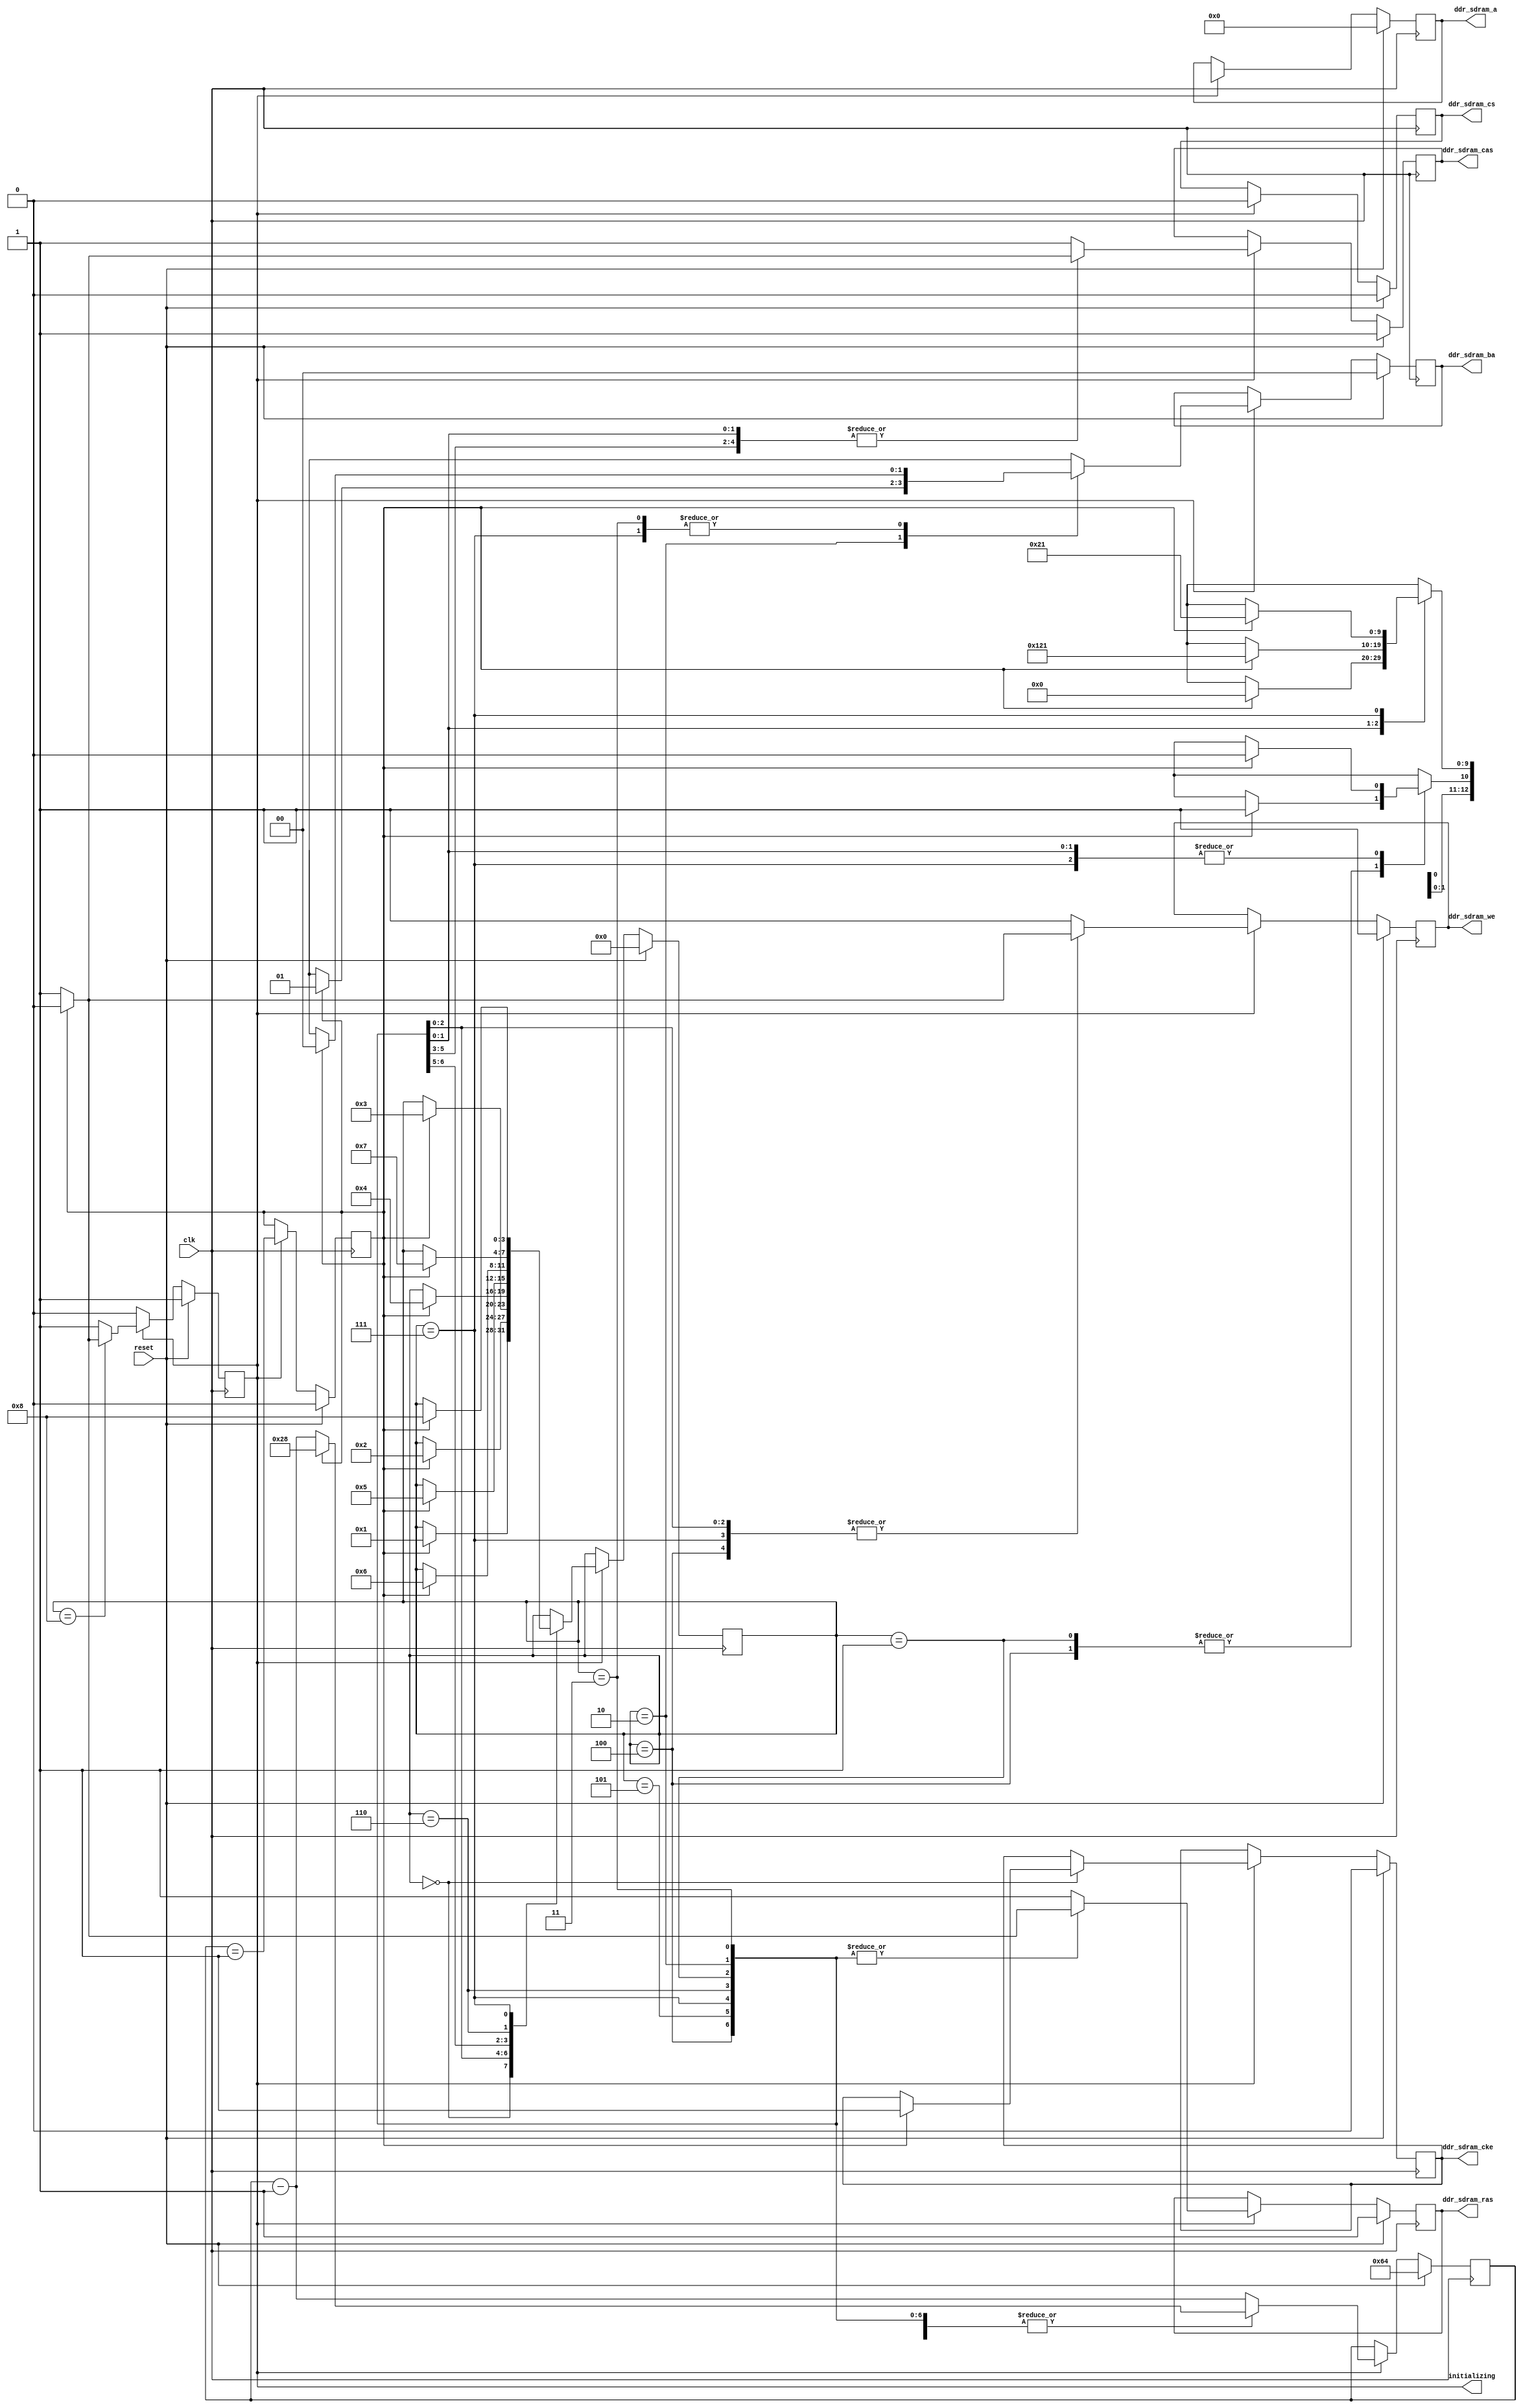
// ---------------------------------------------------------------------------
//  Jelly  -- The platform for real-time computing
//   DDR-SDRAM interface
//
//                                  Copyright (C) 2008-2009 by Ryuji Fuchikami
//                                  https://github.com/ryuz/jelly.git
// ---------------------------------------------------------------------------



`timescale 1ns / 1ps


module jelly_ddr_sdram_init
        #(
            parameter                               SIMULATION      = 1'b1,
            parameter                               CLK_RATE        = 10.0,
            parameter                               INIT_WAIT_CYCLE = (200000 + (CLK_RATE - 1)) / CLK_RATE,
            
            parameter                               SDRAM_BA_WIDTH  = 2,
            parameter                               SDRAM_A_WIDTH   = 13
        )
        (
            // system
            input   wire                            reset,
            input   wire                            clk,
            
            // initializing
            output  wire                            initializing,
            
            // DDR-SDRAM
            output  wire                            ddr_sdram_cke,
            output  wire                            ddr_sdram_cs,
            output  wire                            ddr_sdram_ras,
            output  wire                            ddr_sdram_cas,
            output  wire                            ddr_sdram_we,
            output  wire    [SDRAM_BA_WIDTH-1:0]    ddr_sdram_ba,
            output  wire    [SDRAM_A_WIDTH-1:0]     ddr_sdram_a
        );
    
    // initialize state
    localparam  INIT_ST_WAIT     = 0;
    localparam  INIT_ST_CKE      = 1;
    localparam  INIT_ST_PALL1    = 2;
    localparam  INIT_ST_EMRS     = 3;
    localparam  INIT_ST_MRS1     = 4;
    localparam  INIT_ST_PALL2    = 5;
    localparam  INIT_ST_REFRESH1 = 6;
    localparam  INIT_ST_REFRESH2 = 7;
    localparam  INIT_ST_MRS2     = 8;
    
    reg                         reg_init;   
    reg     [3:0]               reg_state;
    reg     [15:0]              reg_counter;
    reg                         reg_count_end;
    
    reg                         reg_cke;
    reg                         reg_cs;
    reg                         reg_ras;
    reg                         reg_cas;
    reg                         reg_we;
    reg     [1:0]               reg_ba;
    reg     [12:0]              reg_a;

    
    reg                         next_init;  
    reg     [3:0]               next_state;
    reg     [15:0]              next_counter;
    reg                         next_count_end;
    
    reg                         next_cke;
    reg                         next_cs;
    reg                         next_ras;
    reg                         next_cas;
    reg                         next_we;
    reg     [1:0]               next_ba;
    reg     [12:0]              next_a;
    
    
    always @( posedge clk ) begin
        if ( reset ) begin
            reg_init      <= 1'b1;
            reg_state     <= INIT_ST_WAIT;
            reg_counter   <= SIMULATION ? 100 : INIT_WAIT_CYCLE;
            reg_count_end <= 1'b0;
            
            reg_cke       <= 1'b0;
            reg_cs        <= 1'b0;
            reg_ras       <= 1'b1;
            reg_cas       <= 1'b1;
            reg_we        <= 1'b1;
            reg_ba        <= {SDRAM_BA_WIDTH{1'b0}};
            reg_a         <= {SDRAM_A_WIDTH{1'b0}};
        end
        else begin
            if ( reg_init ) begin
                reg_init      <= next_init;
                reg_state     <= next_state;
                reg_counter   <= next_counter;
                reg_count_end <= next_count_end;
                              
                reg_cke       <= next_cke;
                reg_cs        <= next_cs;
                reg_ras       <= next_ras;
                reg_cas       <= next_cas;
                reg_we        <= next_we;
                reg_ba        <= next_ba;
                reg_a         <= next_a;
            end
        end
    end
    
    
    always @* begin
        next_init       = 1'b1;
        next_state      = reg_state;
        next_counter    = reg_counter - 1;
        next_count_end  = (reg_counter == 1);

        next_cke        = reg_cke;
        next_cs         = 1'b0;
        next_ras        = 1'b1;
        next_cas        = 1'b1;
        next_we         = 1'b1;
        next_ba         = {SDRAM_BA_WIDTH{1'bx}};
        next_a          = {SDRAM_A_WIDTH{1'bx}};
        
        case ( reg_state )
        INIT_ST_WAIT: begin
            if ( reg_count_end ) begin
                next_counter = 40;
                next_cke     = 1'b1;
                next_state   = INIT_ST_CKE ;
            end
        end
            
        INIT_ST_CKE: begin
            if ( reg_count_end ) begin
                // PALL
                next_cs      = 1'b0;
                next_ras     = 1'b0;
                next_cas     = 1'b1;
                next_we      = 1'b0;
                next_a[10]   = 1'b1;

                // next state
                next_counter = 40;
                next_state   = INIT_ST_PALL1;                       
            end
        end
            
        INIT_ST_PALL1: begin
            if ( reg_count_end ) begin
                // EMRS
                next_cs      = 1'b0;
                next_ras     = 1'b0;
                next_cas     = 1'b0;
                next_we      = 1'b0;
                next_ba[1:0] = 2'b01;
                next_a[10]   = 1'b0;
                next_a[9:0]  = 10'b00_000_0_000;
                        
                // next state
                next_counter = 40;
                next_state   = INIT_ST_EMRS;
            end
        end

        INIT_ST_EMRS: begin
            if ( reg_count_end ) begin
                // MRS (DLL reset)
                next_cs      = 1'b0;
                next_ras     = 1'b0;
                next_cas     = 1'b0;
                next_we      = 1'b0;
                next_ba[1:0] = 2'b00;
                next_a[10]   = 1'b0;
                next_a[9:0]  = 10'b10_010_0_001;
                        
                // next state
                next_counter = 40;
                next_state   = INIT_ST_MRS1;
            end
        end
            
        INIT_ST_MRS1: begin
            if ( reg_count_end ) begin
                // PALL
                next_cs      = 1'b0;
                next_ras     = 1'b0;
                next_cas     = 1'b1;
                next_we      = 1'b0;
                next_a[10]   = 1'b1;
                        
                // next state
                next_counter = 40;
                next_state   = INIT_ST_PALL2;
            end
        end
                
        INIT_ST_PALL2: begin
            if ( reg_count_end ) begin
                // REF
                next_cs      = 1'b0;
                next_ras     = 1'b0;
                next_cas     = 1'b0;
                next_we      = 1'b1;
                        
                // next state
                next_counter = 40;
                next_state   = INIT_ST_REFRESH1;
            end
        end

        INIT_ST_REFRESH1: begin
            if ( reg_count_end ) begin
                // REF
                next_cs      = 1'b0;
                next_ras     = 1'b0;
                next_cas     = 1'b0;
                next_we      = 1'b1;
                        
                // next state
                next_counter = 40;
                next_state   = INIT_ST_REFRESH2;
            end
        end

        INIT_ST_REFRESH2: begin
            if ( reg_count_end ) begin
                // MRS
                next_cs      = 1'b0;
                next_ras     = 1'b0;
                next_cas     = 1'b0;
                next_we      = 1'b0;
                next_ba[1:0] = 2'b00;
                next_a[10]   = 1'b0;
                next_a[9:0]  = 10'b00_010_0_001;
                        
                // next state
                next_counter = 40;
                next_state   = INIT_ST_MRS2;
            end
        end
        
        INIT_ST_MRS2: begin
            if ( reg_count_end ) begin
                next_init = 1'b0;
            end
        end
        endcase
    end
    
    assign initializing   = reg_init;
    
    assign ddr_sdram_cke  = reg_cke;
    assign ddr_sdram_cs   = reg_cs;
    assign ddr_sdram_ras  = reg_ras;
    assign ddr_sdram_cas  = reg_cas;
    assign ddr_sdram_we   = reg_we;
    assign ddr_sdram_ba   = reg_ba;
    assign ddr_sdram_a    = reg_a;
    
endmodule